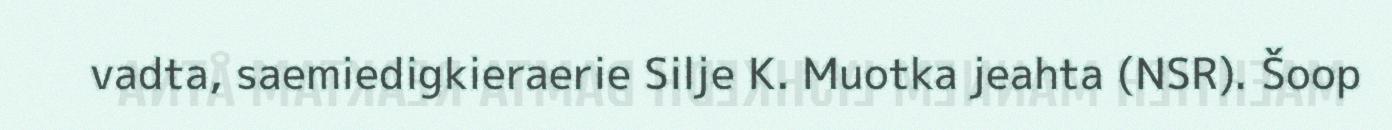
vadta, saemiedigkieraerie Silje K. Muotka jeahta (NSR). Šoop